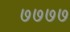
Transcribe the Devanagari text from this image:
७७७७